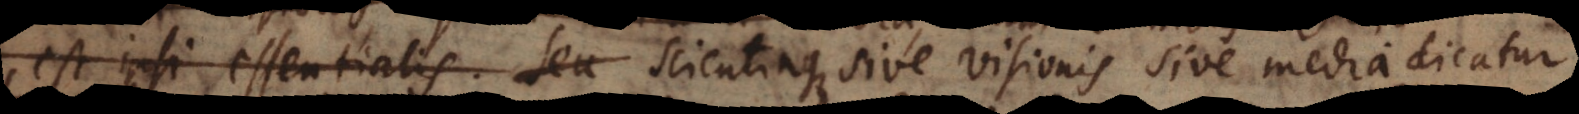
ialis. Seu scientiaque sive visionis sive media dicatur,